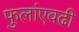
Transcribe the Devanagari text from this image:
फुलांएवढी